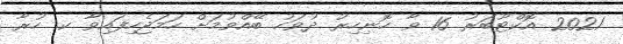
2021 އޮކްޓޫބަރު 16 ވާ ހޮނިހިރު ދުވަހު ބޭއްވުމަށް ހަމަޖެހިފައިވާ ކ. ހުރާ